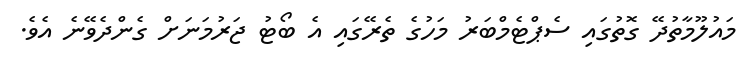
މައުލޫމާތުދޭ ގޮތުގައި ސެޕްޓެމްބަރު މަހުގެ ތެރޭގައި އެ ބޯޓު ޖަރުމަނަށް ގެންދެވޭނެ އެވެ.